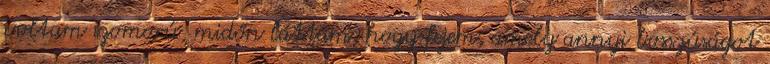
voltam szomorú, midőn láttam, hogy fejem, amely annyi bosszúságot